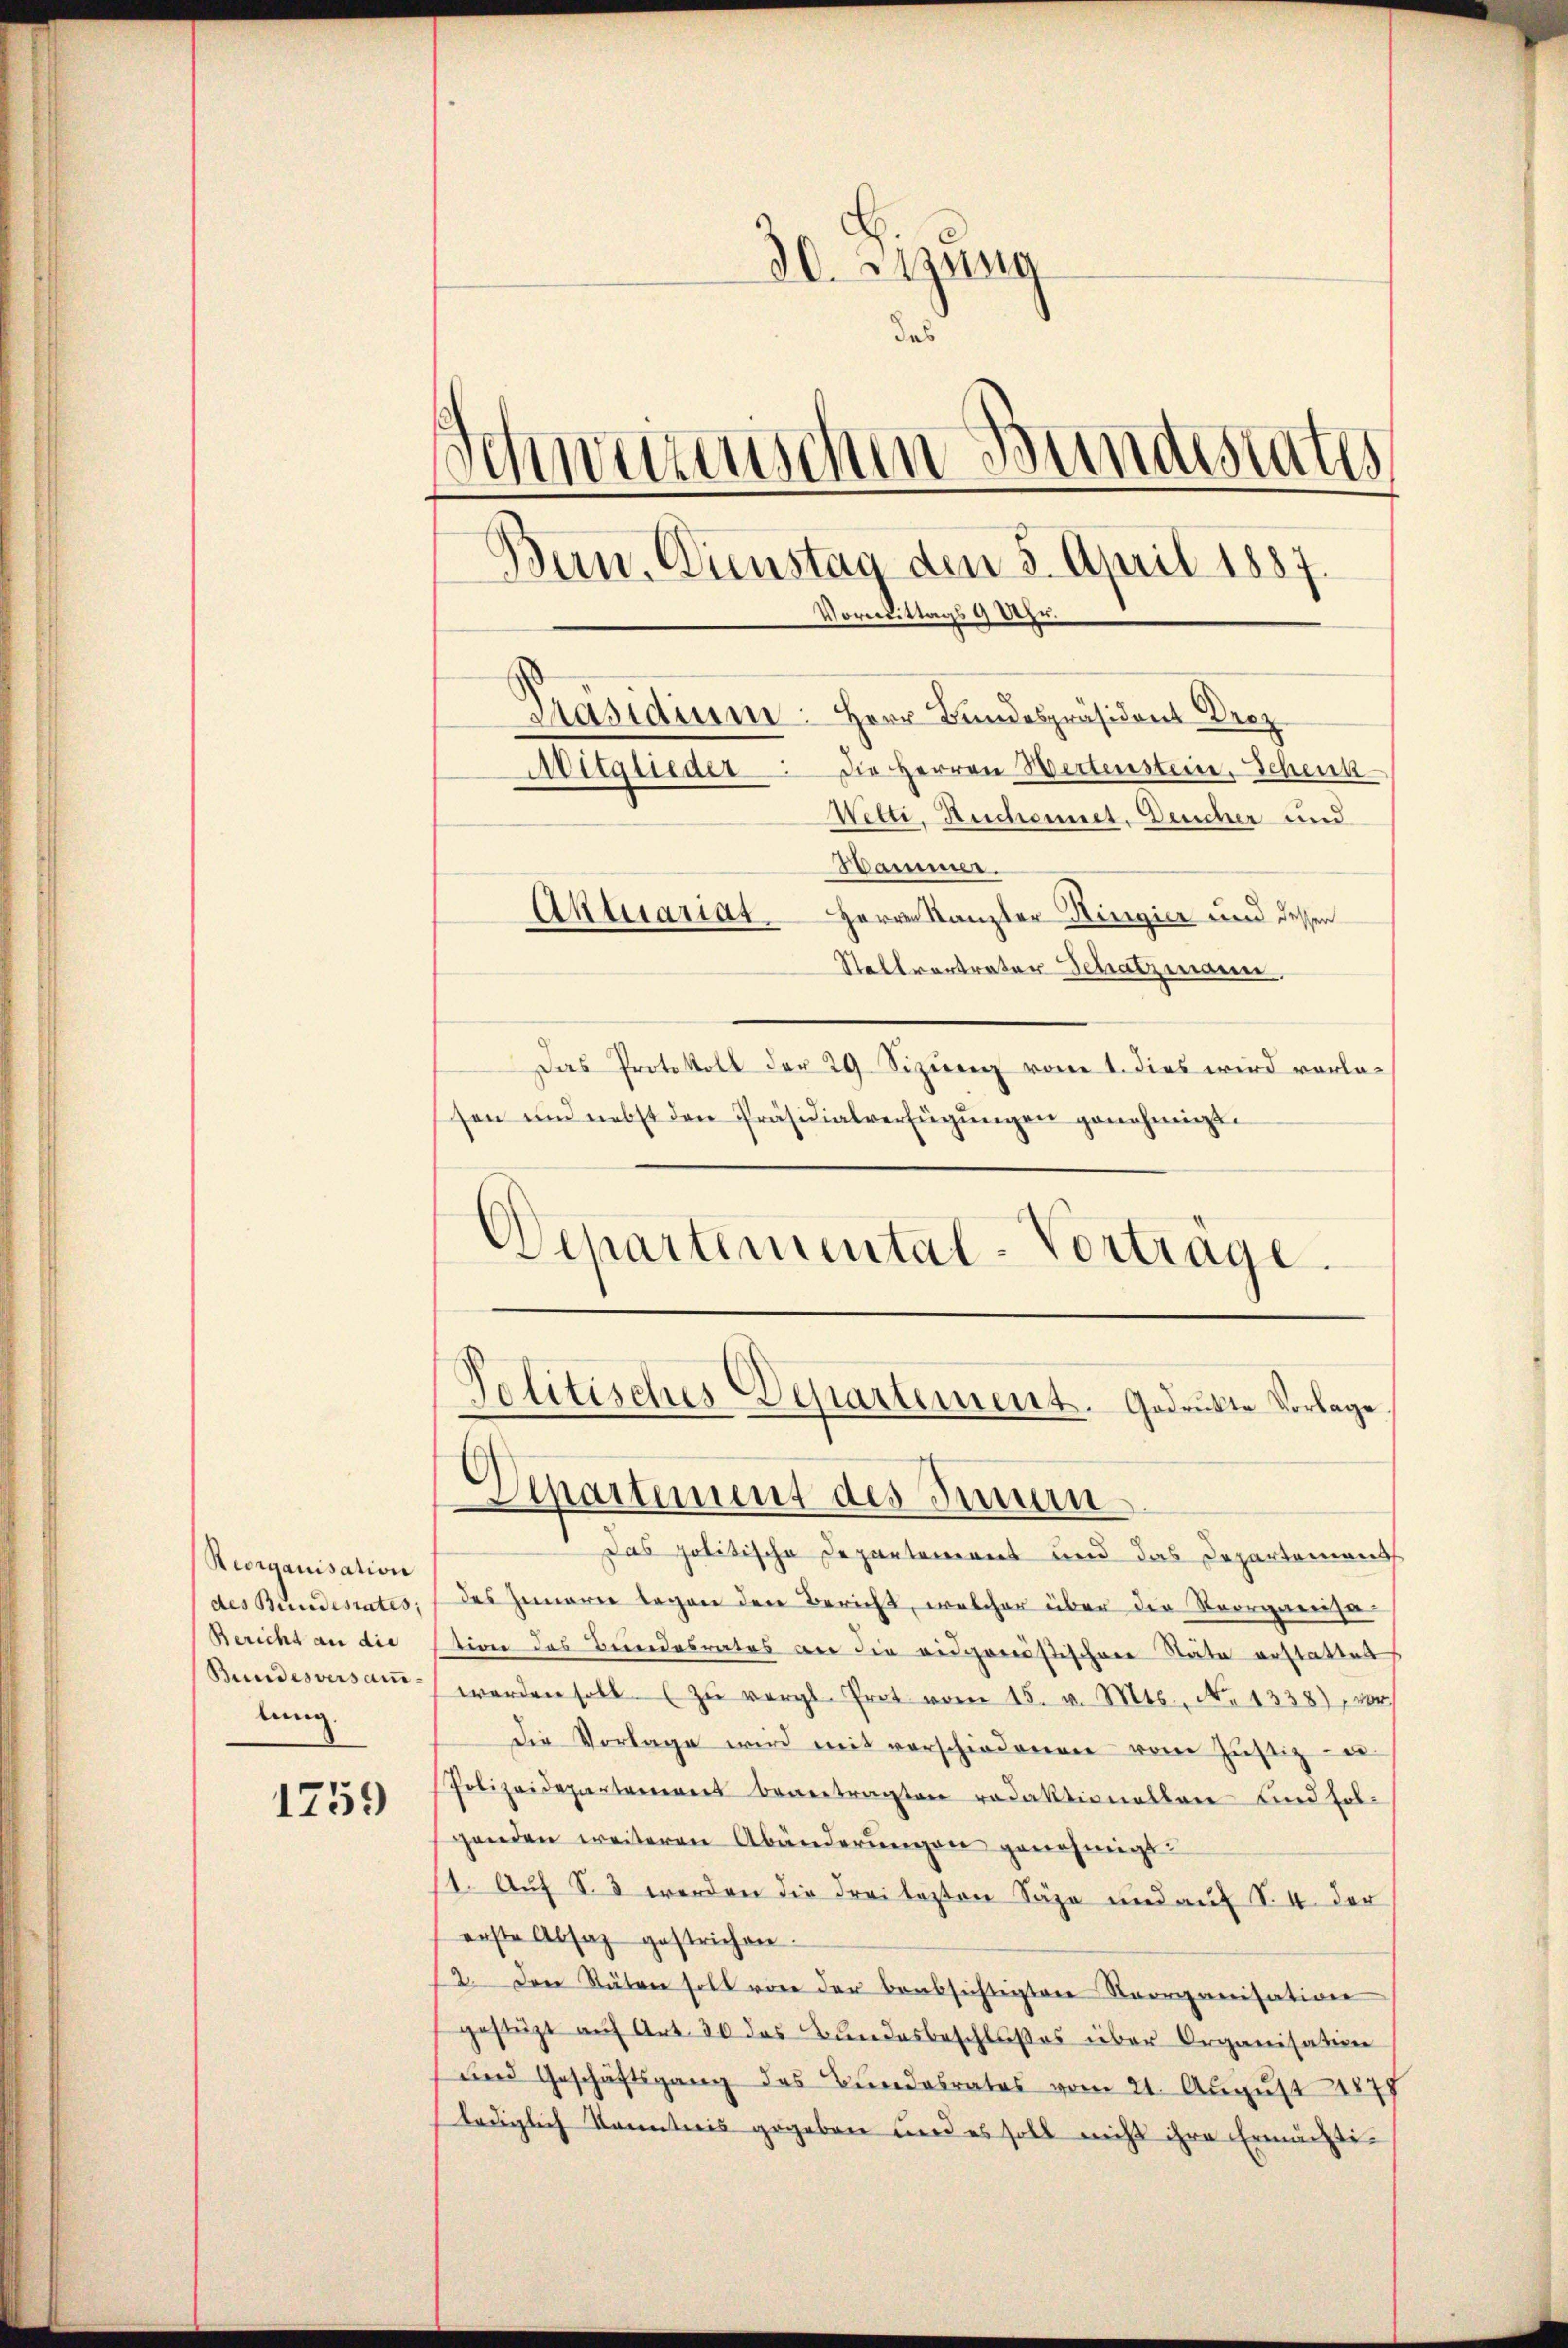
Reorganisation
des Bundesrates;
Bericht an die
Bundesversamlung

1759

30. Sitzung
das
Schwurnischen Bundestates
Die Herren Wertenstein, Schenk
Mitglieder
Wetti, Ruchonnet, Deucher und
Hammer.
Aktuariat. Herrn Kanzler Ringier und dessen
Stallvertrater Schatzmann.
Das Protokoll der 29 Sizung vom 1. dies wird vorlasen und nebst den Präsidialverfügŭngen genehmigt.

Departemental-Vorträge.

Bern. Dienstag den 5. April 1887
Vormittags 9 Uhr.
Präsidium. Herr Bundespräsident Droz

Das politische Departement und das Departements
des Innerie legen den Bericht, welcher über die Reorganisa
tion des Bundesrates an die eidgenößischen Stäte erstattet
werden soll zŭ vergl. Prot vom 15. v. Mts., N. 1338), vor
die Vorlage wird mit verschiedenen vom Justiz- u
Polizeidepartement bevertragten redaktionalbane sind fol-
genden weiteren Abänderŭngen genehmigt
/1. Auf S. 3 werden die drei lezten Säge und auf S. 4. der
erste Absaz gestrichen.
12. den Stäten soll von der beabsichtigten Reorganisation
gestützt aŭf Art. 30 das Bundesbeschlußes über Organisation
und Geschäftsgang des Bundesrates vom 21. August 1879
lediglich Kenntnis gegeben und es soll nicht ihre Ermächti¬

Politisches Departement. Gedrukte Vorlage
Departement des Innun